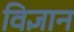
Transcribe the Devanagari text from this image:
विज्ञान